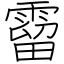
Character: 霤